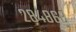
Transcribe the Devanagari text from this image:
२८४८६८